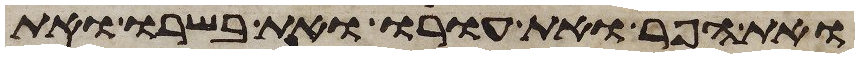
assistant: ואת הפר ואת עורו ואת בשרו ואת